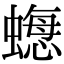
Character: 𧐟